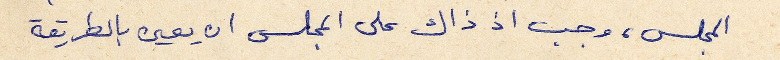
المجلس، وجب اذ ذاك على المجلس ان يعين بالطريقة